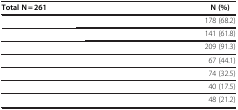
<table><thead><tr><td><b>Total N = 261</b></td><td><b>N (%)</b></td></tr></thead><tbody><tr><td>[EMPTY_CELL]</td><td>178 (68.2)</td></tr><tr><td>[EMPTY_CELL]</td><td>141 (61.8)</td></tr><tr><td>[EMPTY_CELL]</td><td>209 (91.3)</td></tr><tr><td>[EMPTY_CELL]</td><td>67 (44.1)</td></tr><tr><td>[EMPTY_CELL]</td><td>74 (32.5)</td></tr><tr><td>[EMPTY_CELL]</td><td>40 (17.5)</td></tr><tr><td>[EMPTY_CELL]</td><td>48 (21.2)</td></tr></tbody></table>